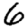
Digit: 6